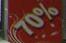
70%